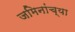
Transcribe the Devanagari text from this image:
जमिनांच्या